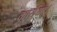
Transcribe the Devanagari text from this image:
कार्यव्म।